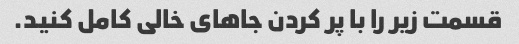
قسمت زیر را با پر کردن جاهای خالی کامل کنید.